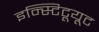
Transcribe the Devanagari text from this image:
इन्स्टिटूयूट